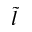
\tilde { l }